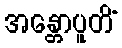
အန္တောပူတိံ